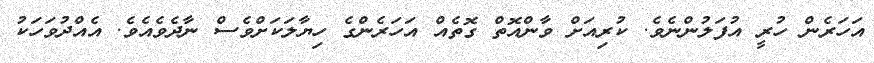
އަހަރެން ހުރީ އުފަލުންނެވެ. ކުރިއަށް ވާންއޮތް ގޮތެއް އަަހަރެންގެ ހިޔާލަކަށްވެސް ނާދެވެއެވެ. އެއްދުވަހަކު